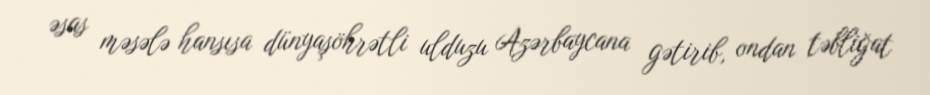
əsas məsələ hansısa dünyaşöhrətli ulduzu Azərbaycana gətirib, ondan təbliğat